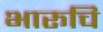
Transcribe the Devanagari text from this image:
भारूचि